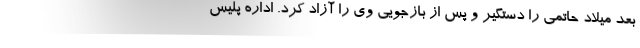
بعد میلاد حاتمی را دستگیر و پس از بازجویی وی را آزاد کرد. اداره پلیس